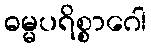
ဓမ္မပရိစ္စာဂေါ